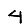
Digit: 4